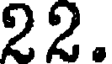
22.